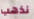
نذهب